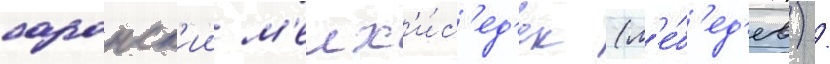
саранск'ии м'елх'и́с'ед'ек (л'е́б'ед'ев) /